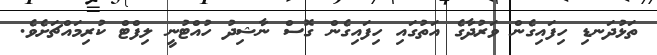
ތަޅުދަނޑި ހިފައިގެން ވަރުދާގެ އަތުގައި ހިފައިގެން ގޮސް ނާޝިދު ހުއްޓުނީ ލިފްޓް ކުރިމައްޗަށެވެ.